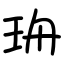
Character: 珘